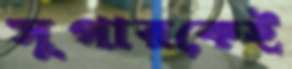
সুপারকেই